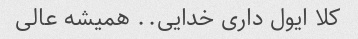
کلا ایول داری خدایی.. همیشه عالی